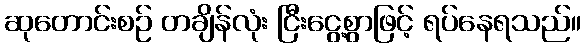
ဆုတောင်းစဉ် တချိန်လုံး ငြီးငွေ့စွာဖြင့် ရပ်နေရသည်။